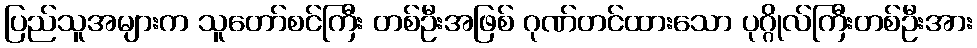
ပြည်သူအများက သူတော်စင်ကြီး တစ်ဦးအဖြစ် ဂုဏ်တင်ထားသော ပုဂ္ဂိုလ်ကြီးတစ်ဦးအား